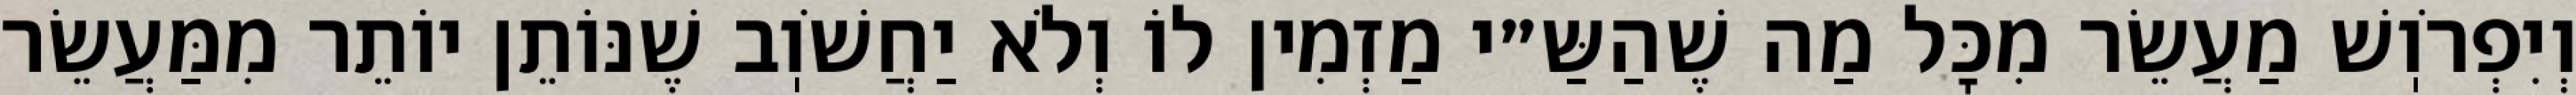
וְיִפְרֹוֽשׁ מַעֲשֵׂר מִכׇּל מַה שֶׁהַשַּ״י מַזְמִין לוֹ וְלֹא יַחֲשֹׁוֽב שֶׁנּוֹתֵן יוֹתֵר מִמַּעֲשֵׂר